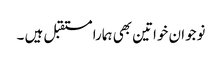
نوجوان خواتین بھی ہمارا مستقبل ہیں ۔